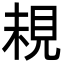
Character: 䙿